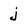
Character: j